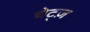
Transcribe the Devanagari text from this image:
चेट्ज़